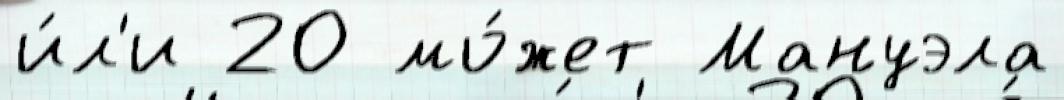
и́л'и 20 мо́жет Мануэла